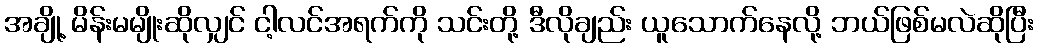
အချို့ မိန်းမမျိုးဆိုလျှင် ငါ့လင်အရက်ကို သင်းတို့ ဒီလိုချည်း ယူသောက်နေလို့ ဘယ်ဖြစ်မလဲဆိုပြီး